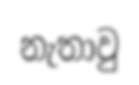
නැතාවු